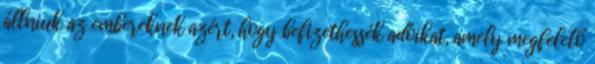
állniuk az embereknek azért, hogy befizethessék adóikat, amely megfelelő